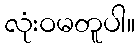
လုံးဝမတူပါ။